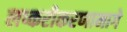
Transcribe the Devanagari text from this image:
लष्करीकरणामागे